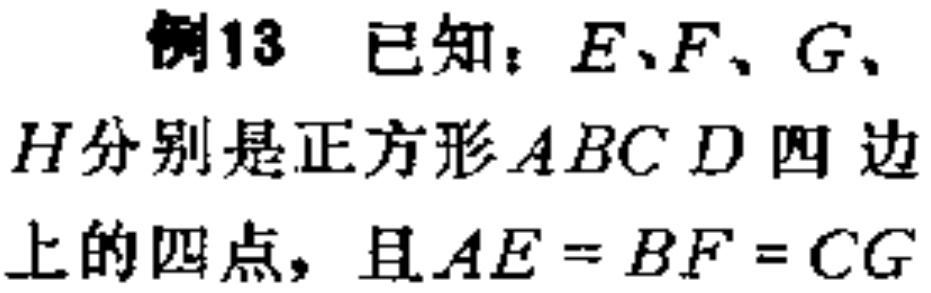
例13 已知：\(E、F、G、H\)分别是正方形\(ABCD\)四边上的四点，且\(AE = BF = CG\)